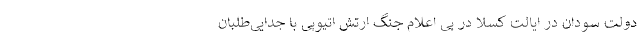
دولت سودان در ایالت کسلا در پی اعلام جنگ ارتش اتیوپی با جدایی‌طلبان